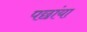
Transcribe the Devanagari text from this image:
पछांया